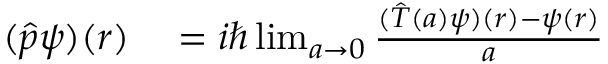
\begin{array} { r l } { ( { \hat { p } } \psi ) ( r ) } & { { } = i \hbar \operatorname* { l i m } _ { a \rightarrow 0 } { \frac { ( { \hat { T } } ( a ) \psi ) ( r ) - \psi ( r ) } { a } } } \end{array}